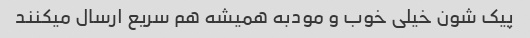
پیک شون خیلی خوب و مودبه همیشه هم سریع ارسال میکنند